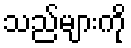
သည်များကို